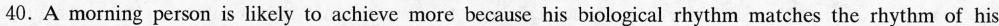
40. A morning person is likely to achieve more because his biological rhythm matches the rhythm of his